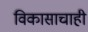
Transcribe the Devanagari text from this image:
विकासाचाही